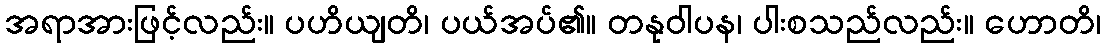
အရာအားဖြင့်လည်း။ ပဟိယျတိ၊ ပယ်အပ်၏။ တနုဝါပန၊ ပါးစသည်လည်း။ ဟောတိ၊